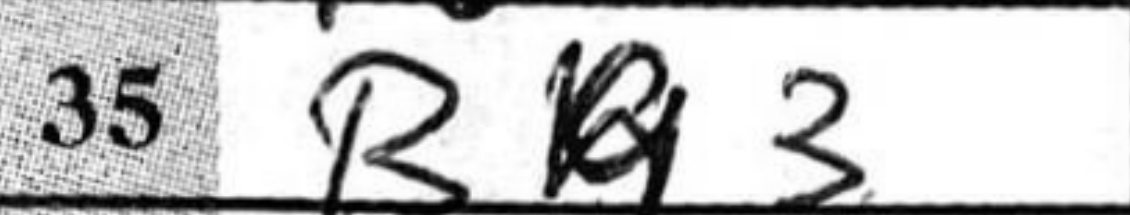
Transcription: Bg3